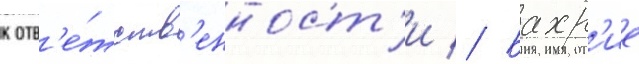
к отв'е́тств'енност'и // Бахр'ие